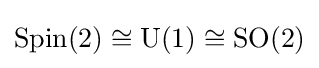
\operatorname {Spin} (2)\cong \operatorname {U} (1)\cong \operatorname {SO} (2)